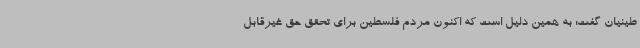
طینیان گفت: به همین دلیل است که اکنون مردم فلسطین برای تحقق حق غیرقابل